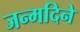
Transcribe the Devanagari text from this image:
जन्मदिने